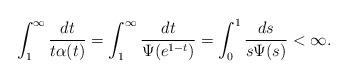
LaTeX: \begin{align*}\int_1^\infty\frac{dt}{t\alpha(t)} = \int_1^\infty \frac{dt}{\Psi(e^{1-t})} = \int_0^1 \frac{ds}{s\Psi(s)} <\infty. \end{align*}